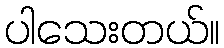
ပါသေးတယ်။